Indian journal of veterinary science and animal husbandry - Volumes 26-27, 1956-1957
Year: 1956
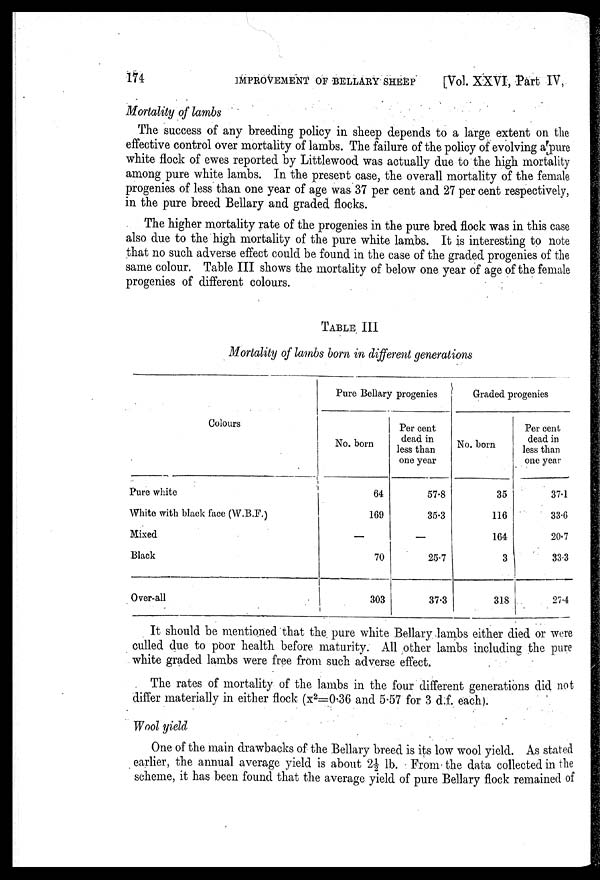
174 IMPROVEMENT OF BELLARY SHEEP [Vol. XXVI, Part IV,
Mortality of lambs
The success of any breeding policy in sheep depends to a large extent on the
effective control over mortality of lambs. The failure of the policy of evolving a pure
white flock of ewes reported by Littlewood was actually due to the high mortality
among pure white lambs. In the present case, the overall mortality of the female
progenies of less than one year of age was 37 per cent and 27 per cent respectively,
in the pure breed Bellary and graded flocks.
The higher mortality rate of the progenies in the pure bred flock was in this case
also due to the high mortality of the pure white lambs. It is interesting to note
that no such adverse effect could be found in the case of the graded progenies of the
same colour. Table III shows the mortality of below one year of age of the female
progenies of different colours.
TABLE III
Mortality of lambs born in different generations
Colours
Pure white
White with black face (W.B.F.)
Mixed
Black
Over-all
Pure Bellary progenies
No. born
64
169
—
70
303
Per cent
dead in
less than
one year
57.8
35.3
—
25.7
37.3
Graded progenies
No. born
35
116
164
3
318
Per cent
dead in
less than
one year
37.1
33.6
20.7
33.3
27.4
It should be mentioned that the pure white Bellary lambs either died or were
culled due to poor health before maturity. All other lambs including the pure
white graded lambs were free from such adverse effect.
The rates of mortality of the lambs in the four different generations did not
differ materially in either flock (x 2 =0.36 and 5.57 for 3 d.f. each).
Wool yield
One of the main drawbacks of the Bellary breed is its low wool yield. As stated
earlier, the annual average yield is about 2½ lb. From the data collected in the
scheme, it has been found that the average yield of pure Bellary flock remained of